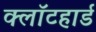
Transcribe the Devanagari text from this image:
क्लॉटहार्ड